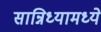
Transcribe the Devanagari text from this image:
सान्निध्यामध्ये